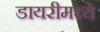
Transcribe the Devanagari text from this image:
डायरीमध्ये